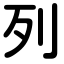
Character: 列